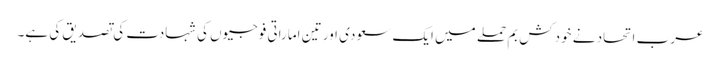
عرب اتحاد نے خودکش بم حملے میں ایک سعودی اور تین اماراتی فوجیوں کی شہادت کی تصدیق کی ہے۔